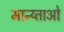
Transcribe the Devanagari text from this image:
मान्य्ताओ